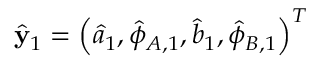
\hat { \mathbf { y } } _ { 1 } = \left( \hat { a } _ { 1 } , \hat { \phi } _ { A , 1 } , \hat { b } _ { 1 } , \hat { \phi } _ { B , 1 } \right) ^ { T }